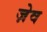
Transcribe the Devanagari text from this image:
ज़ेव